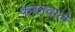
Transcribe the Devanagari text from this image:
फालवाले